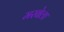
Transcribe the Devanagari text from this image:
मरबेला